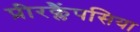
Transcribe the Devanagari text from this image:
प्रीरक्लैंपसिया